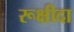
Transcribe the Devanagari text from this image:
रूक्षीदा